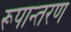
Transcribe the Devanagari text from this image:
रूपान्‍तरण